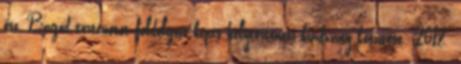
ősz, Bagod történetét feldolgozó képes helytörténeti kiadvány készítése: 2018.